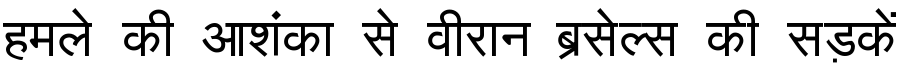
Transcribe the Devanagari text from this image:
हमले की आशंका से वीरान ब्रसेल्स की सड़कें